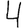
Digit: 4